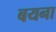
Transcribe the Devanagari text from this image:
बयना